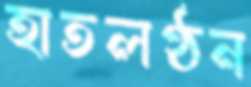
হাতলণ্ঠন